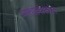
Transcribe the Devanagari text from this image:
मरुप्रदेशांत